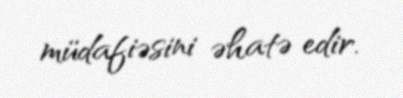
müdafiəsini əhatə edir.